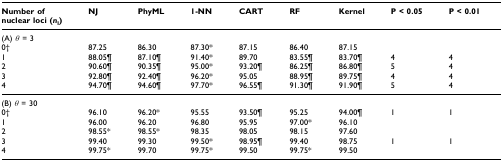
| Number ofnuclear loci (nl) | NJ | PhyML | 1-NN | CART | RF | Kernel | P < 0.05 | P < 0.01 |
 | --- | --- | --- | --- | --- | --- | --- | --- | --- |
 | (A) θ = 3 |  |  |  |  |  |  |  |  |
 | 0 † | 87.25 | 86.30 | 87.30* | 87.15 | 86.40 | 87.15 |  |  |
 | 1 | 88.05 ¶ | 87.10 ¶ | 91.40 * | 89.70 | 83.55 ¶ | 83.70 ¶ | 4 | 4 |
 | 2 | 90.60 ¶ | 90.35 ¶ | 95.00 * | 93.20 ¶ | 86.25 ¶ | 86.80 ¶ | 5 | 4 |
 | 3 | 92.80 ¶ | 92.40 ¶ | 96.20 * | 95.05 | 88.95 ¶ | 89.75 ¶ | 4 | 4 |
 | 4 | 94.70 ¶ | 94.60 ¶ | 97.70 * | 96.55 ¶ | 91.30 ¶ | 91.90 ¶ | 5 | 4 |
 | (B) θ = 30 |  |  |  |  |  |  |  |  |
 | 0 † | 96.10 | 96.20 * | 95.55 | 93.50 ¶ | 95.25 | 94.00 ¶ | 1 | 1 |
 | 1 | 96.00 | 96.20 | 96.80 | 95.95 | 97.00* | 96.10 |  |  |
 | 2 | 98.55* | 98.55* | 98.35 | 98.05 | 98.15 | 97.60 |  |  |
 | 3 | 99.40 | 99.30 | 99.50 * | 98.95 ¶ | 99.40 | 98.75 | 1 | 1 |
 | 4 | 99.75 * | 99.70 | 99.75 * | 99.50 | 99.75 * | 99.50 |  |  |